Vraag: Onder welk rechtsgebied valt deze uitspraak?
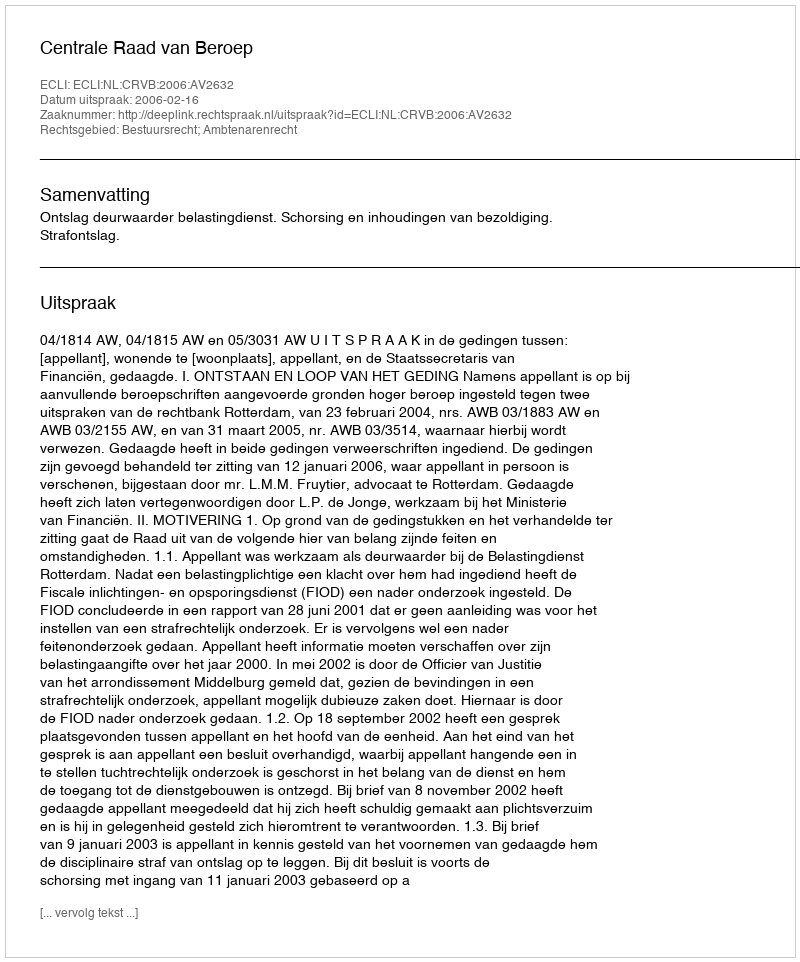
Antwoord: Bestuursrecht; Ambtenarenrecht